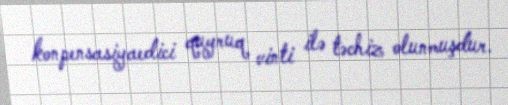
konpensasiyaedici quyruq vinti ilə təchiz olunmuşdur.